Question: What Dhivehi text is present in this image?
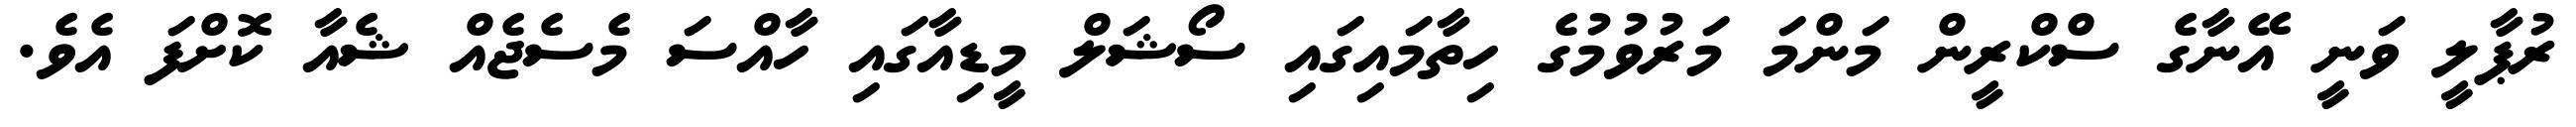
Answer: ރުޕާލީ ވަނީ އޭނާގެ ސްކްރީން މަންމަ މަރުވުމުގެ ހިތާމައިގައި ސޯޝަލް މީޑިއާގައި ހާއްސަ މެސެޖެއް ޝެއާ ކޮށްފަ އެވެ.